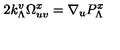
2 k _ { \Lambda } ^ { v } \Omega _ { u v } ^ { x } = \nabla _ { u } P _ { \Lambda } ^ { x }